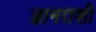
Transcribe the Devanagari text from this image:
ज्ञानराशी